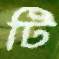
টি